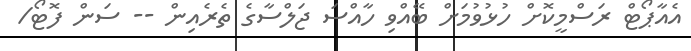
އެއާޕޯޓް ރަސްމީކޮށް ހުޅުވުމަށް ބޭއްވި ހާއްސަ ޖަލްސާގެ ތެރެއިން -- ސަން ފޮޓޯ/